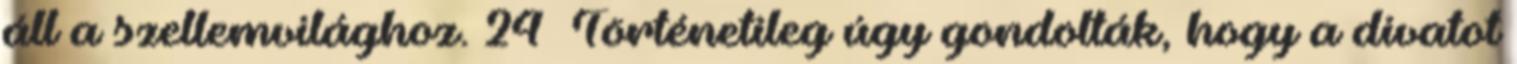
áll a szellemvilághoz. 24 Történetileg úgy gondolták, hogy a divatot